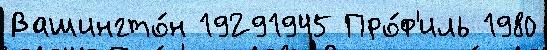
Вашингто́н 19291945 Про́ф'иль 1980